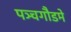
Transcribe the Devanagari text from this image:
पञ्चगौडमे